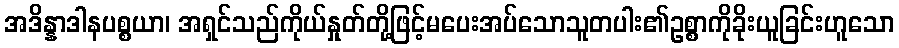
အဒိန္နာဒါနပစ္စယာ၊ အရှင်သည်ကိုယ်နှုတ်တို့ဖြင့်မပေးအပ်သောသူတပါး၏ဥစ္စာကိုခိုးယူခြင်းဟူသော